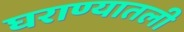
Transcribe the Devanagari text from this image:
घराण्यातली